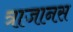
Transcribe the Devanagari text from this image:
त्राजानस